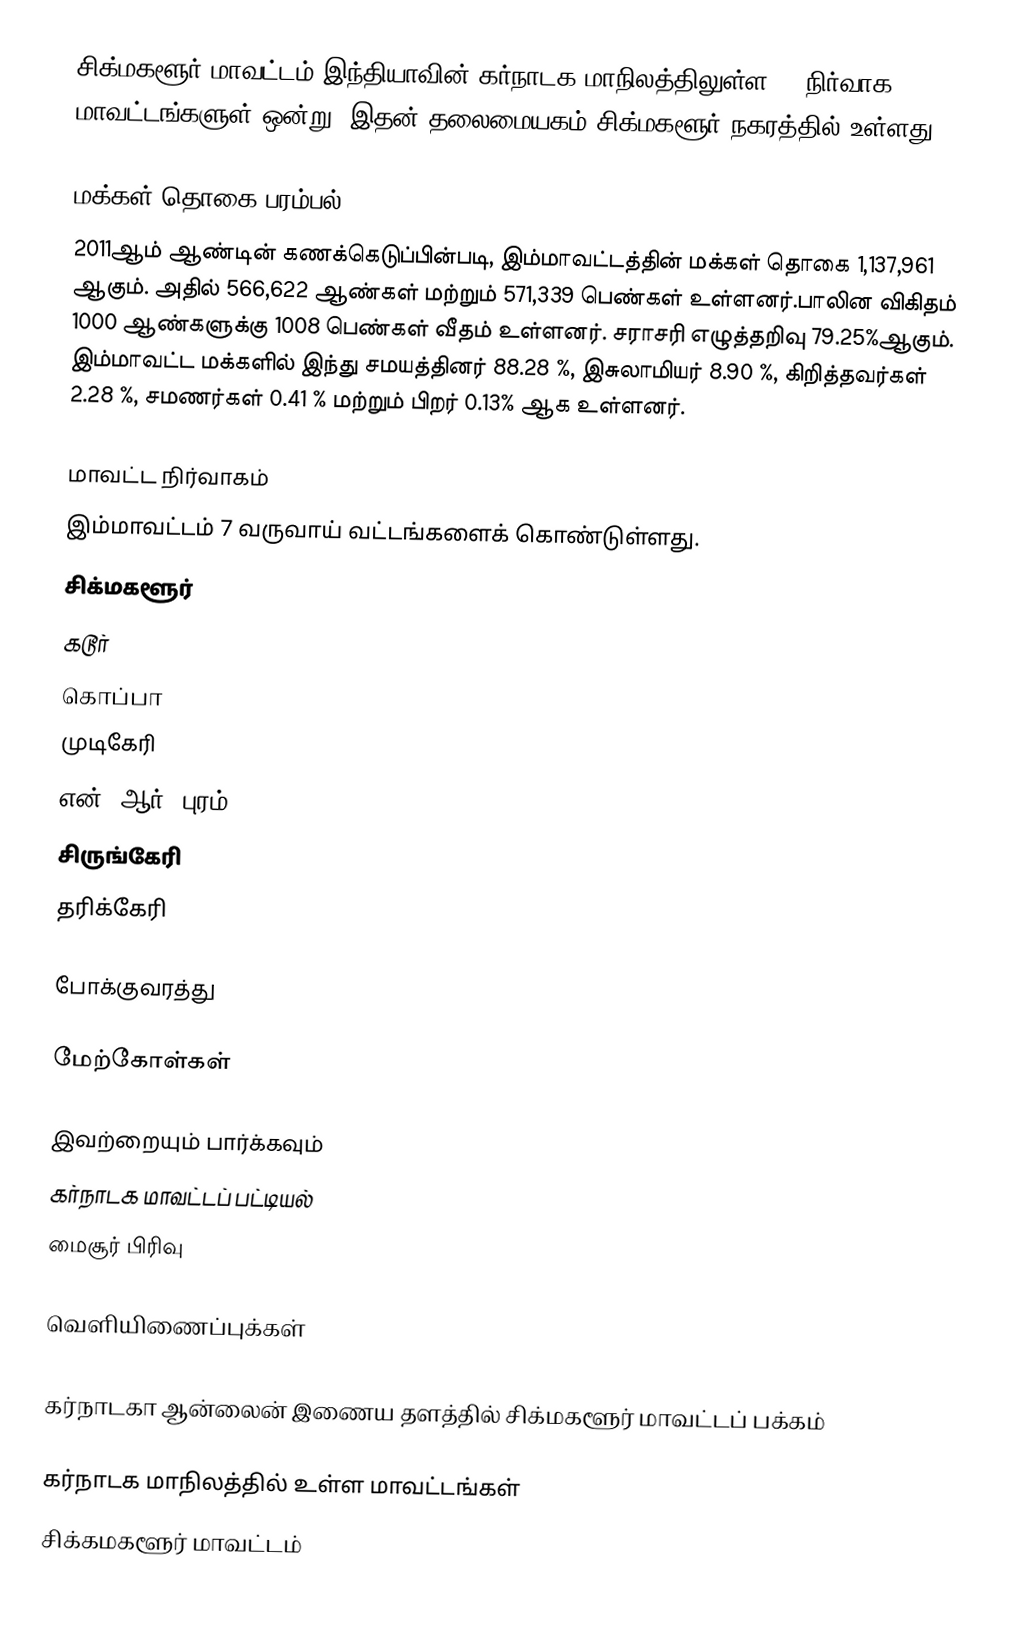
சிக்மகளூர் மாவட்டம் இந்தியாவின் கர்நாடக மாநிலத்திலுள்ள 27 நிர்வாக மாவட்டங்களுள் ஒன்று. இதன் தலைமையகம் சிக்மகளூர் நகரத்தில் உள்ளது.

மக்கள் தொகை பரம்பல்
2011ஆம் ஆண்டின் கணக்கெடுப்பின்படி,   இம்மாவட்டத்தின் மக்கள் தொகை 1,137,961 ஆகும். அதில்  566,622 ஆண்கள் மற்றும்  571,339  பெண்கள் உள்ளனர்.பாலின விகிதம் 1000 ஆண்களுக்கு 1008 பெண்கள் வீதம் உள்ளனர். சராசரி எழுத்தறிவு 79.25%ஆகும். இம்மாவட்ட மக்களில் இந்து சமயத்தினர் 88.28 %, இசுலாமியர் 8.90 %, கிறித்தவர்கள் 2.28 %, சமணர்கள் 0.41 % 	  மற்றும் பிறர் 0.13% ஆக உள்ளனர்.

மாவட்ட நிர்வாகம்
இம்மாவட்டம் 7 வருவாய் வட்டங்களைக் கொண்டுள்ளது.
 சிக்மகளூர்
 கடூர்
 கொப்பா
 முடிகேரி
 என். ஆர். புரம்
 சிருங்கேரி
 தரிக்கேரி

போக்குவரத்து

மேற்கோள்கள்

இவற்றையும் பார்க்கவும்
கர்நாடக மாவட்டப் பட்டியல்
 மைசூர் பிரிவு

வெளியிணைப்புக்கள்
 Chikkamagaluru District Map
 கர்நாடகா ஆன்லைன் இணைய தளத்தில் சிக்மகளூர் மாவட்டப் பக்கம்

கர்நாடக மாநிலத்தில் உள்ள மாவட்டங்கள்
சிக்கமகளூர் மாவட்டம்